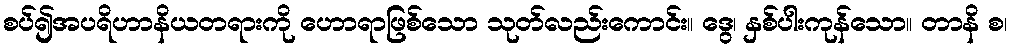
စပ်၍အပရိဟာနိယတရားကို ဟောရာဖြစ်သော သုတ်လည်းကောင်း။ ဒွေ၊ နှစ်ပါးကုန်သော။ တာနိ စ၊